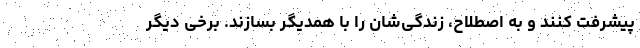
پیشرفت کنند و به اصطلاح، زندگی‌شان را با همدیگر بسازند. برخی دیگر